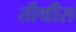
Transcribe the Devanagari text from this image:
तीथीस